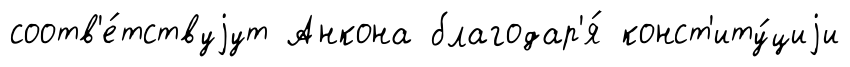
соотв'е́тствуjут Анкона благодар'я́ конст'иту́циjи